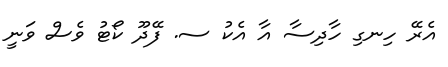
އެރޭ ހިނގި ހާދިސާ އާ އެކު ސ. ފޭދޫ ކޯޓު ވެސް ވަނީ